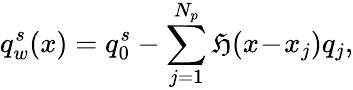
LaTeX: q_{w}^{s}(x)=q_{0}^{s}-\sum_{j=1}^{N_{p}}\mathfrak{H}(x\! -\! x_{j})q_{j},